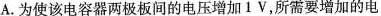
A.为使该电容器两极板间的电压增加1V，所需要增加的电